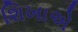
શિખાએ